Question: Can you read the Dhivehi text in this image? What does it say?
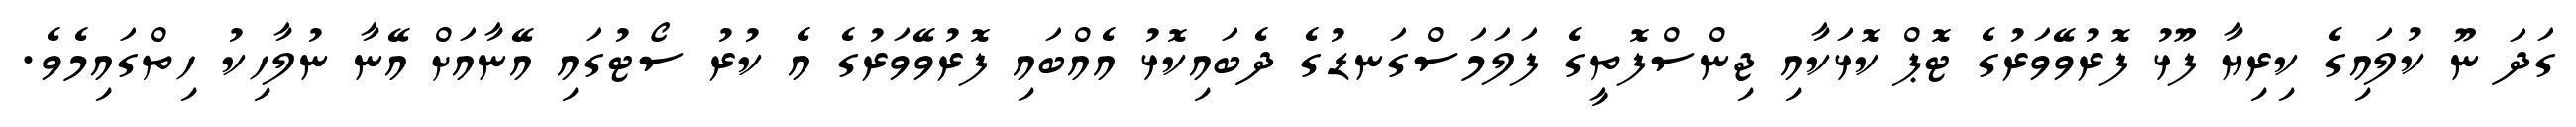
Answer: ގަދަ ނޫ ކުލައިގެ ކިރިޔާ ފޫޅު ފޮރުވޭވަރުގެ ޓޮޕް ކޮޅަކާއި ޖިންސްފޮތީގެ ފަލަމަސްގަނޑުގެ ދެބައިކޮޅު އެއްބައި ފޮރުވޭވަރުގެ އެ ކުރު ސޯޓުގައި އޭނާއަށް އޭނާ ނުލާހިކު ހިތްގައިމެވެ.